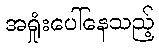
အရှုံးပေါ်နေသည့်